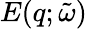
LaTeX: E(q;\tilde{\omega})